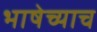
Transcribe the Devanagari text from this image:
भाषेच्याच